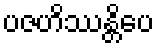
ပဇဟိဿန္တိပေ